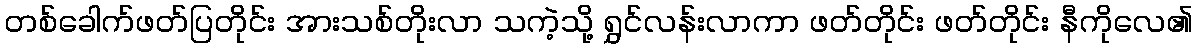
တစ်ခေါက်ဖတ်ပြတိုင်း အားသစ်တိုးလာ သကဲ့သို့ ရွှင်လန်းလာကာ ဖတ်တိုင်း ဖတ်တိုင်း နီကိုလေ၏